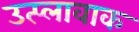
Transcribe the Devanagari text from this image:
उत्प्लावाक